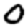
Digit: 0